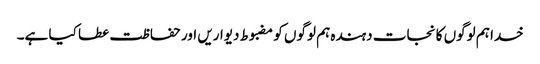
خدا ہم لوگوں کا نجات دہندہ ہم لوگوں کو مضبوط دیواریں اور حفاظت عطا کیا ہے۔